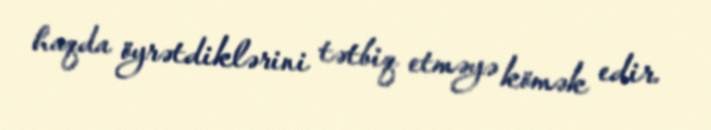
haqda öyrətdiklərini tətbiq etməyə kömək edir.